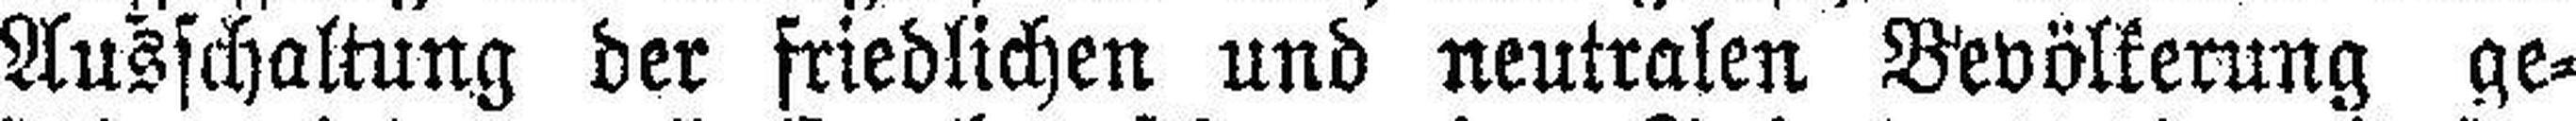
Ausschaltung der friedlichen und neutralen Bevölkerung ge¬